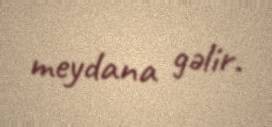
meydana gəlir.